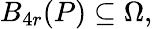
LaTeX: B_{4r}(P)\subseteq\Omega,